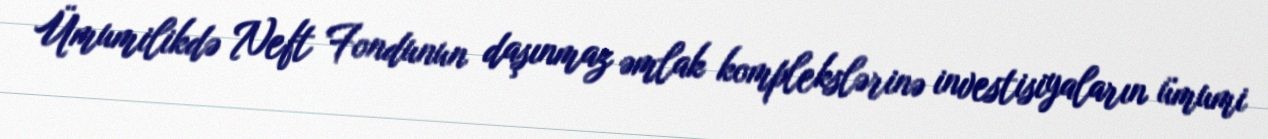
Ümumilikdə Neft Fondunun daşınmaz əmlak komplekslərinə investisiyaların ümumi